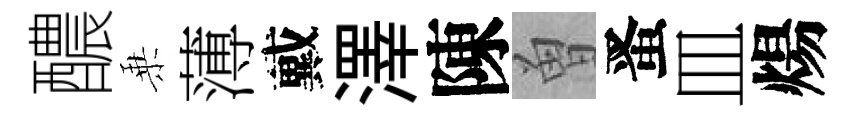
醲乗薄戴澤陳曽󱉠皿煬